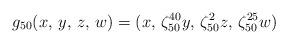
LaTeX: \begin{align*} g_{50}(x,\,y,\, z,\, w)=(x,\, \zeta_{50}^{40}y,\, \zeta_{50}^{2}z,\,\zeta_{50}^{25}w) \end{align*}